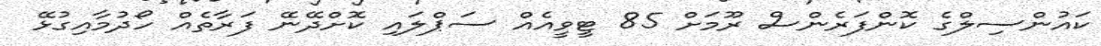
ކައުންސިލްގެ ކޮންފަރެންސް ރޫމަށް 85 ޓީވީއެއް ސަޕްލައި ކޮށްދޭނޭ ފަރާތެއް ހޯދުމާއިގުޅޭ